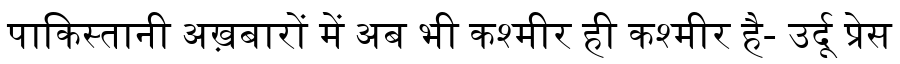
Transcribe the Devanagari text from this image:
पाकिस्तानी अख़बारों में अब भी कश्मीर ही कश्मीर है- उर्दू प्रेस